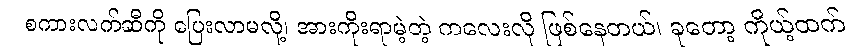
စကားလက်ဆီကို ပြေးလာမလို့၊ အားကိုးရာမဲ့တဲ့ ကလေးလို ဖြစ်နေတယ်၊ ခုတော့ ကိုယ့်ထက်